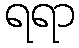
ရရာ